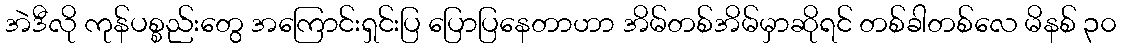
အဲဒီလို ကုန်ပစ္စည်းတွေ အကြောင်းရှင်းပြ ပြောပြနေတာဟာ အိမ်တစ်အိမ်မှာဆိုရင် တစ်ခါတစ်လေ မိနစ် ၃၀